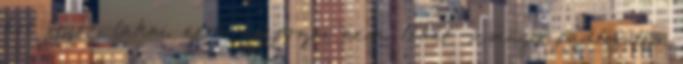
hol fogok lakni, erre alapozni nem lehet. .amúgy padlófűtés.